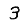
Digit: 3